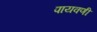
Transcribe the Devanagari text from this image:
पायवणी